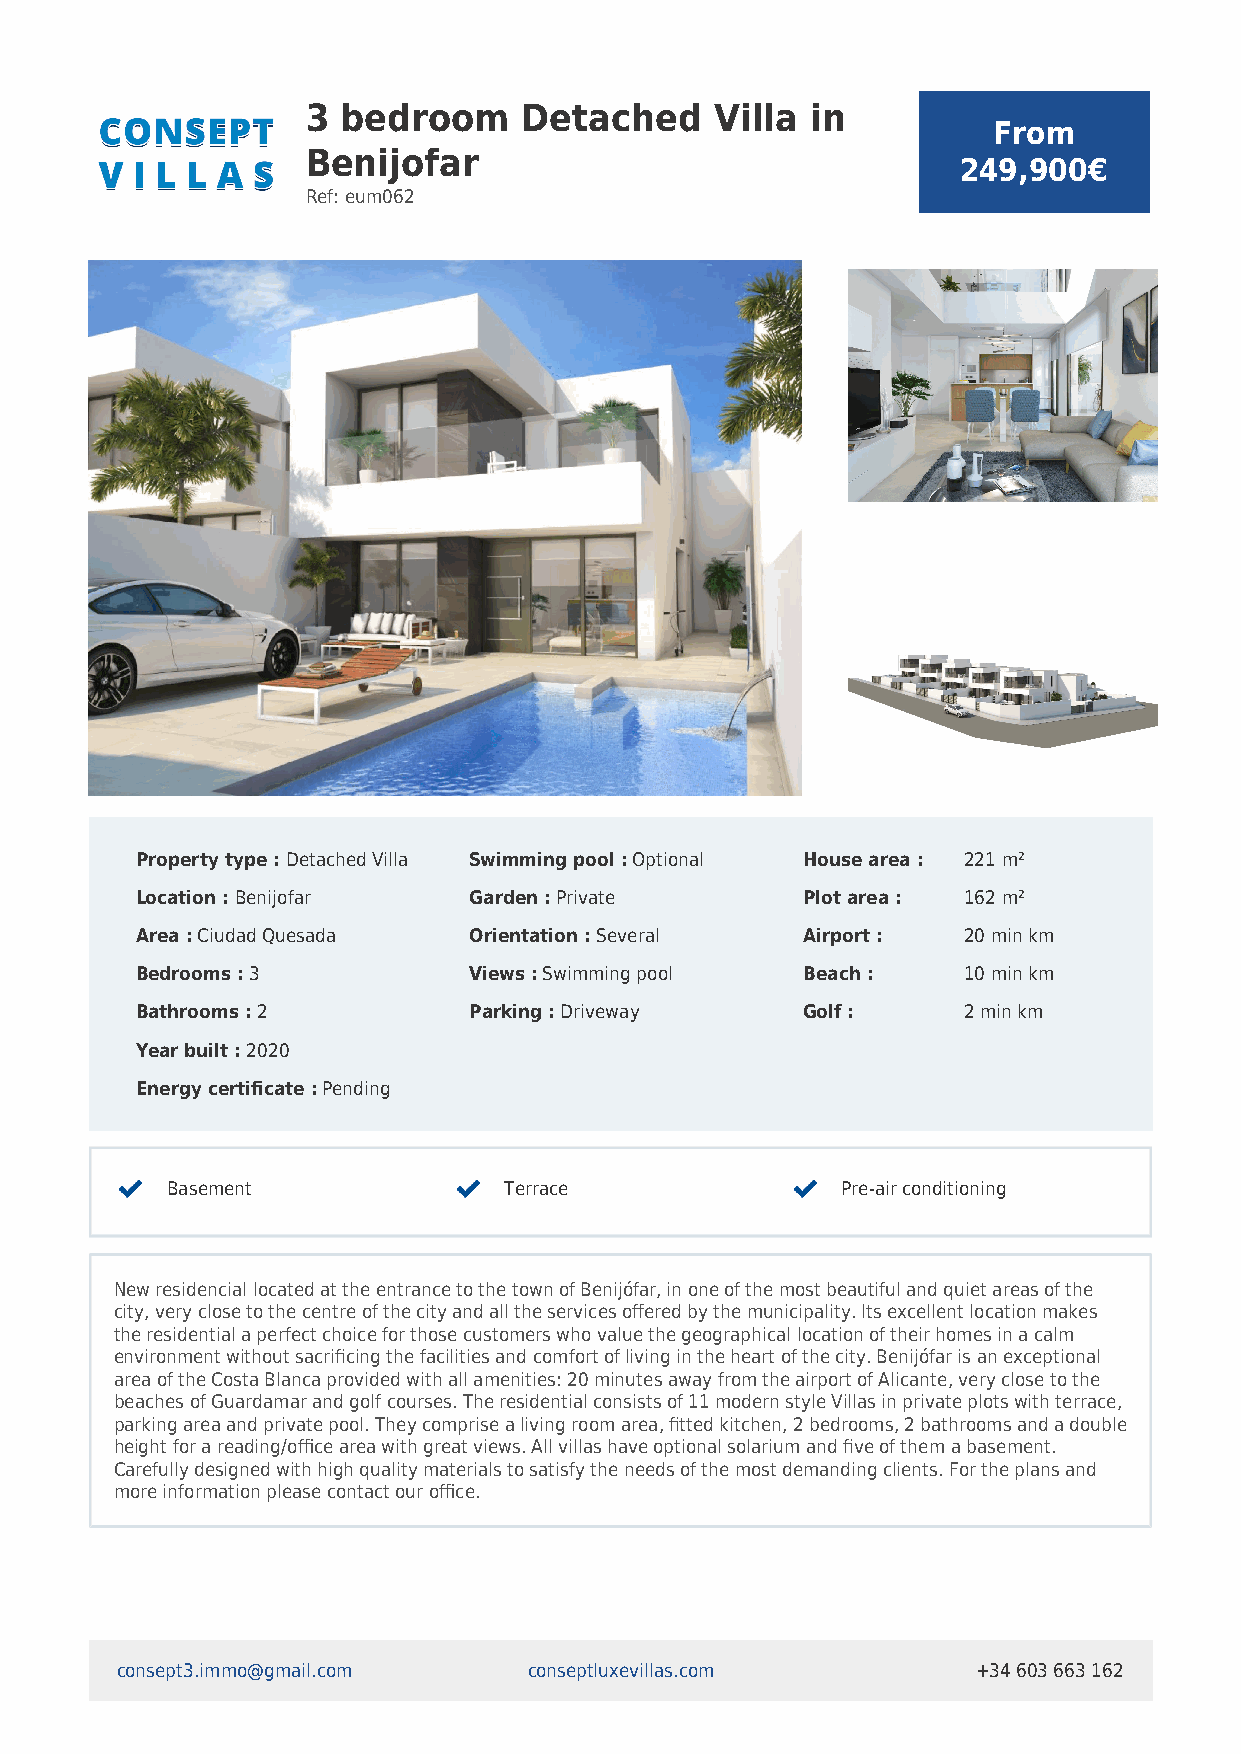
3  bedroom     Detached    Villa  in
 From
 Benijofar
 249,900€
 Ref: eum062
 Property type : Detached Villa Swimming pool : Optional House area : 221 m²
 Location : Benijofar  Garden : Private      Plot area : 162 m²
 Area : Ciudad Quesada Orientation : Several Airport :  20 min km
 Bedrooms : 3          Views : Swimming pool Beach :    10 min km
 Bathrooms : 2         Parking : Driveway    Golf :     2 min km
 Year built : 2020
 Energy certificate : Pending
 Basement              Terrace                Pre-air conditioning
 New residencial located at the entrance to the town of Benijófar, in one of the most beautiful and quiet areas of the
 city, very close to the centre of the city and all the services offered by the municipality. Its excellent location makes
 the residential a perfect choice for those customers who value the geographical location of their homes in a calm
 environment without sacrificing the facilities and comfort of living in the heart of the city. Benijófar is an exceptional
 area of the Costa Blanca provided with all amenities: 20 minutes away from the airport of Alicante, very close to the
 beaches of Guardamar and golf courses. The residential consists of 11 modern style Villas in private plots with terrace,
 parking area and private pool. They comprise a living room area, fitted kitchen, 2 bedrooms, 2 bathrooms and a double
 height for a reading/office area with great views. All villas have optional solarium and five of them a basement.
 Carefully designed with high quality materials to satisfy the needs of the most demanding clients. For the plans and
 more information please contact our office.
 consept3.immo@gmail.com    conseptluxevillas.com         +34 603 663 162